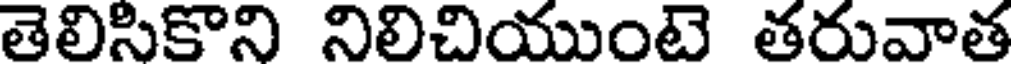
తెలిసికొని నిలిచియుంటె తరువాత